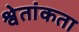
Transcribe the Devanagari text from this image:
श्वेतांकता